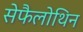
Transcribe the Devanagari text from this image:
सेफैलोथिन